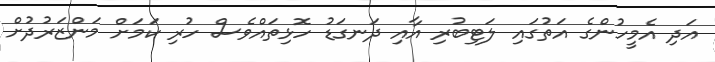
އަދި އެމީހުންގެ އަތުގައި ލަޓިބުރި އާއި ދަނގަޑު ހޮޅިތައްވެސް ހުރި ކަމަށް މަންޒަރުދުށް